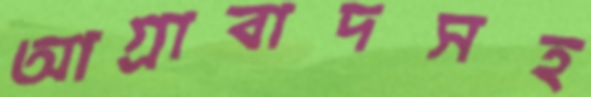
আগ্রাবাদসহ